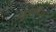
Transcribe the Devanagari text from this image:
सुआबिया